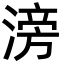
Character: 滂